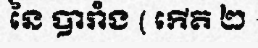
នៃ បារាំង ( កើត ២